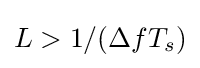
L>1/(\Delta fT_{s})